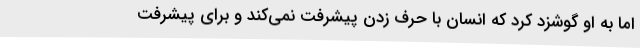
اما به او گوشزد کرد که انسان با حرف زدن پیشرفت نمی‌کند و برای پیشرفت